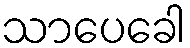
သာပေခေါ